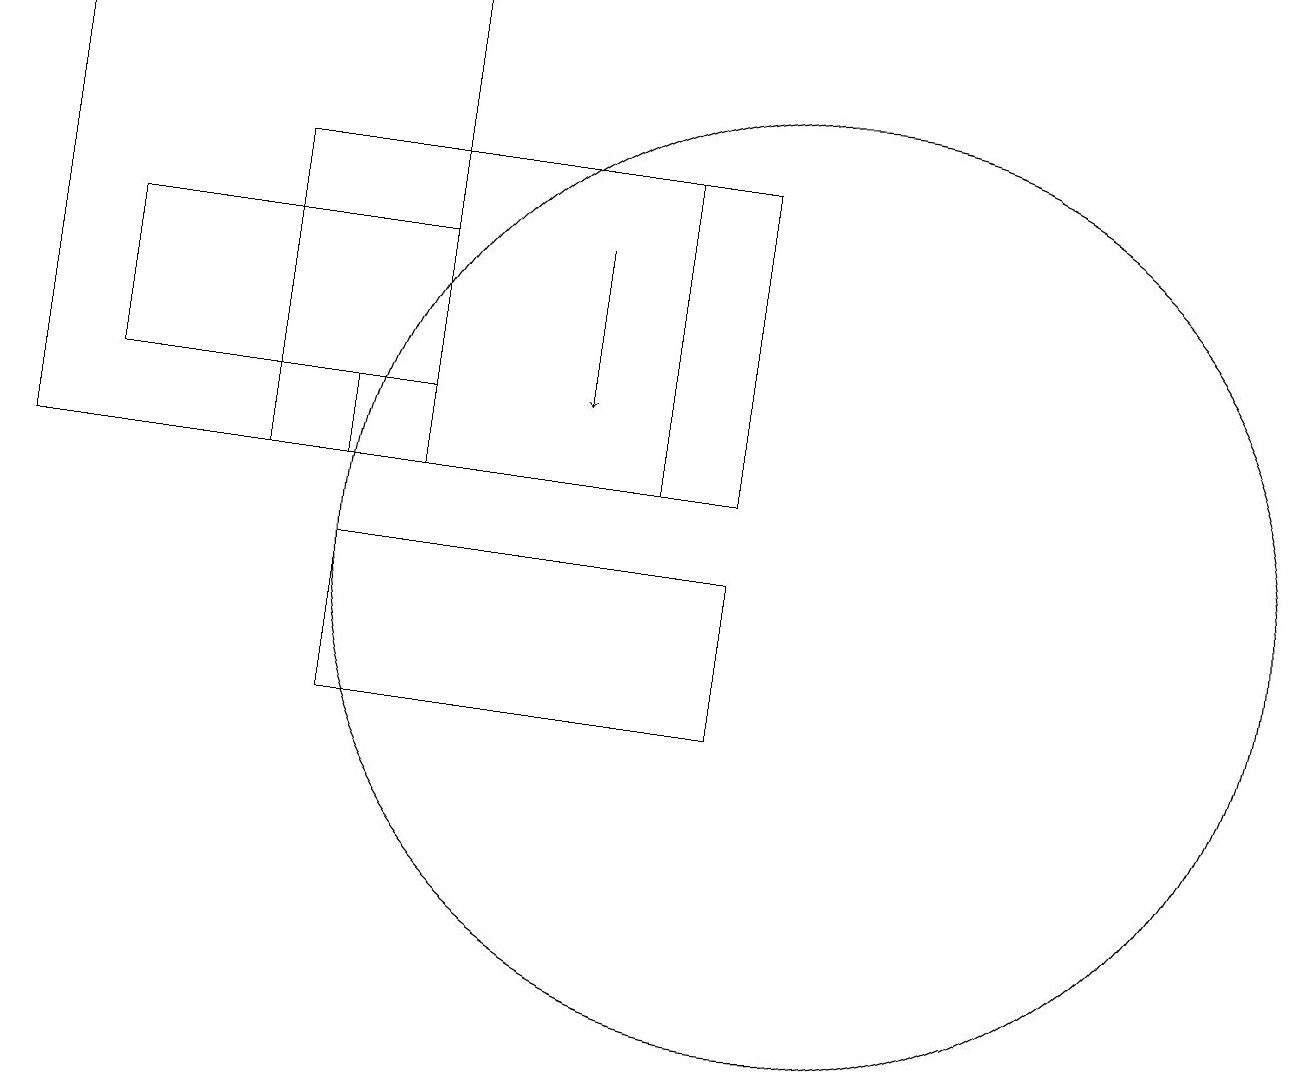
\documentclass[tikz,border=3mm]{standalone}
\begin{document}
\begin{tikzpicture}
\draw (3,13) rectangle (4,14);
\draw (10,12) circle (6);
\draw (8,13) rectangle (3,17);
\draw (4,10) rectangle (9,12);
\draw (5,14) rectangle (1,16);
\draw[->] (7,16) -- (7,14);
\draw (0,19) rectangle (5,13);
\draw (9,17) rectangle (8,13);
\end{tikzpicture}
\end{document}